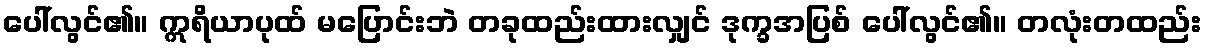
ပေါ်လွင်၏။ ဣရိယာပုထ် မပြောင်းဘဲ တခုထည်းထားလျှင် ဒုက္ခအပြစ် ပေါ်လွင်၏။ တလုံးတထည်း